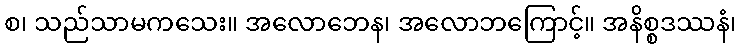
စ၊ သည်သာမကသေး။ အလောဘေန၊ အလောဘကြောင့်။ အနိစ္စဒဿနံ၊